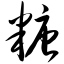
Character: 糖